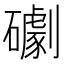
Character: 𥗌